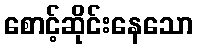
စောင့်ဆိုင်းနေသော